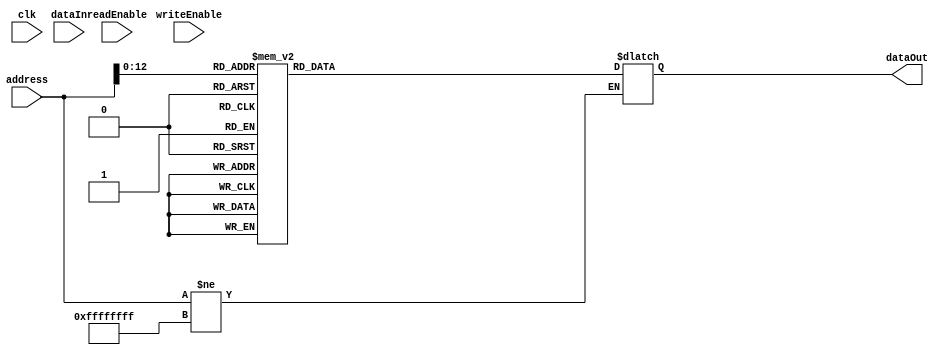
`timescale 1ns / 1ps

module InstructionMemoryModule(
    input wire clk,
    input wire [31:0] address,
    input wire readEnable,
    input wire writeEnable,
    input wire [31:0] dataIn,
    output reg [31:0] dataOut
    );
reg [31:0] memory[8191:0];


initial begin
	memory[0]  = 32'b00000000000000000000000000000000;
	memory[1]  = 32'b10010100001000000000000000011111;
	memory[2]  = 32'b10010100010000000000000000100011;
	memory[3]  = 32'b11000000000000000000000000001010;

	memory[4]  = 32'b10110000000000000000000000101010;
	memory[5]  = 32'b00000000001000010001000000000000;
	memory[6]  = 32'b00110100010000101111111100000000;

	memory[7]  = 32'b10111100000000000000000000101010;
	memory[8]  = 32'b01111100000000100000000000000000;
	memory[9]  = 32'b11000000000000000000000000001100;
	
	memory[10] = 32'b00110100010000100000101000000000;
	memory[11] = 32'b11000000000000000000000000000100;
//	memory[1]  = 32'b10010100010000000000000000011111;
//	memory[2]  = 32'b10010100101000000000000000100011;
//	memory[3]  = 32'b10010110100000000000000000101000;
//	memory[4]  = 32'b10110100000000000000000000000000;
//	memory[5]  = 32'b10110100001000000000000000001010;
//	memory[6]  = 32'b01000000010000000000100000000000;
//	memory[7]  = 32'b10111000010000000000001010110010;
//	memory[8]  = 32'b01000100010000000000100000000000;
//	memory[9]  = 32'b10111000010000000000001010110010;
//	memory[10]  = 32'b01001000010000000000100000000000;
//	memory[11]  = 32'b10111000010000000000001010110010;
//	memory[12]  = 32'b00000000100000100010100000000000;
//	memory[13]  = 32'b10011000100000000000000000110001;
//	memory[14]  = 32'b00000000100000101010000000000000;
//	memory[15]  = 32'b10011000100000000000000000110001;
//	memory[16]  = 32'b00000100100000100010100000000000;
//	memory[17]  = 32'b10011000100000000000000000110001;
//	memory[18]  = 32'b00001000100000100010100000000000;
//	memory[19]  = 32'b10011000100000000000000000110001;
//	memory[20]  = 32'b00010000100000100010100000000000;
//	memory[21]  = 32'b10011000100000000000000000110001;
//	memory[22]  = 32'b00010100100000100010100000000000;
//	memory[23]  = 32'b10011000100000000000000000110001;
//	memory[24]  = 32'b00100000100000100010100000000000;
//	memory[25]  = 32'b10011000100000000000000000110001;
//	memory[26]  = 32'b00100100100000100010100000000000;
//	memory[27]  = 32'b10011000100000000000000000110001;
//	memory[28]  = 32'b00101000100000100010100000000000;
//	memory[29]  = 32'b10011000100000000000000000110001;
//	memory[30]  = 32'b00101100100000100010100000000000;
//	memory[31]  = 32'b10011000100000000000000000110001;
end

always @(address) 
    begin
	if (address != 32'hFFFFFFFF) begin
    		dataOut = memory[address];
		end

end


endmodule